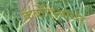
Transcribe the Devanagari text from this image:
कंबोडियावर